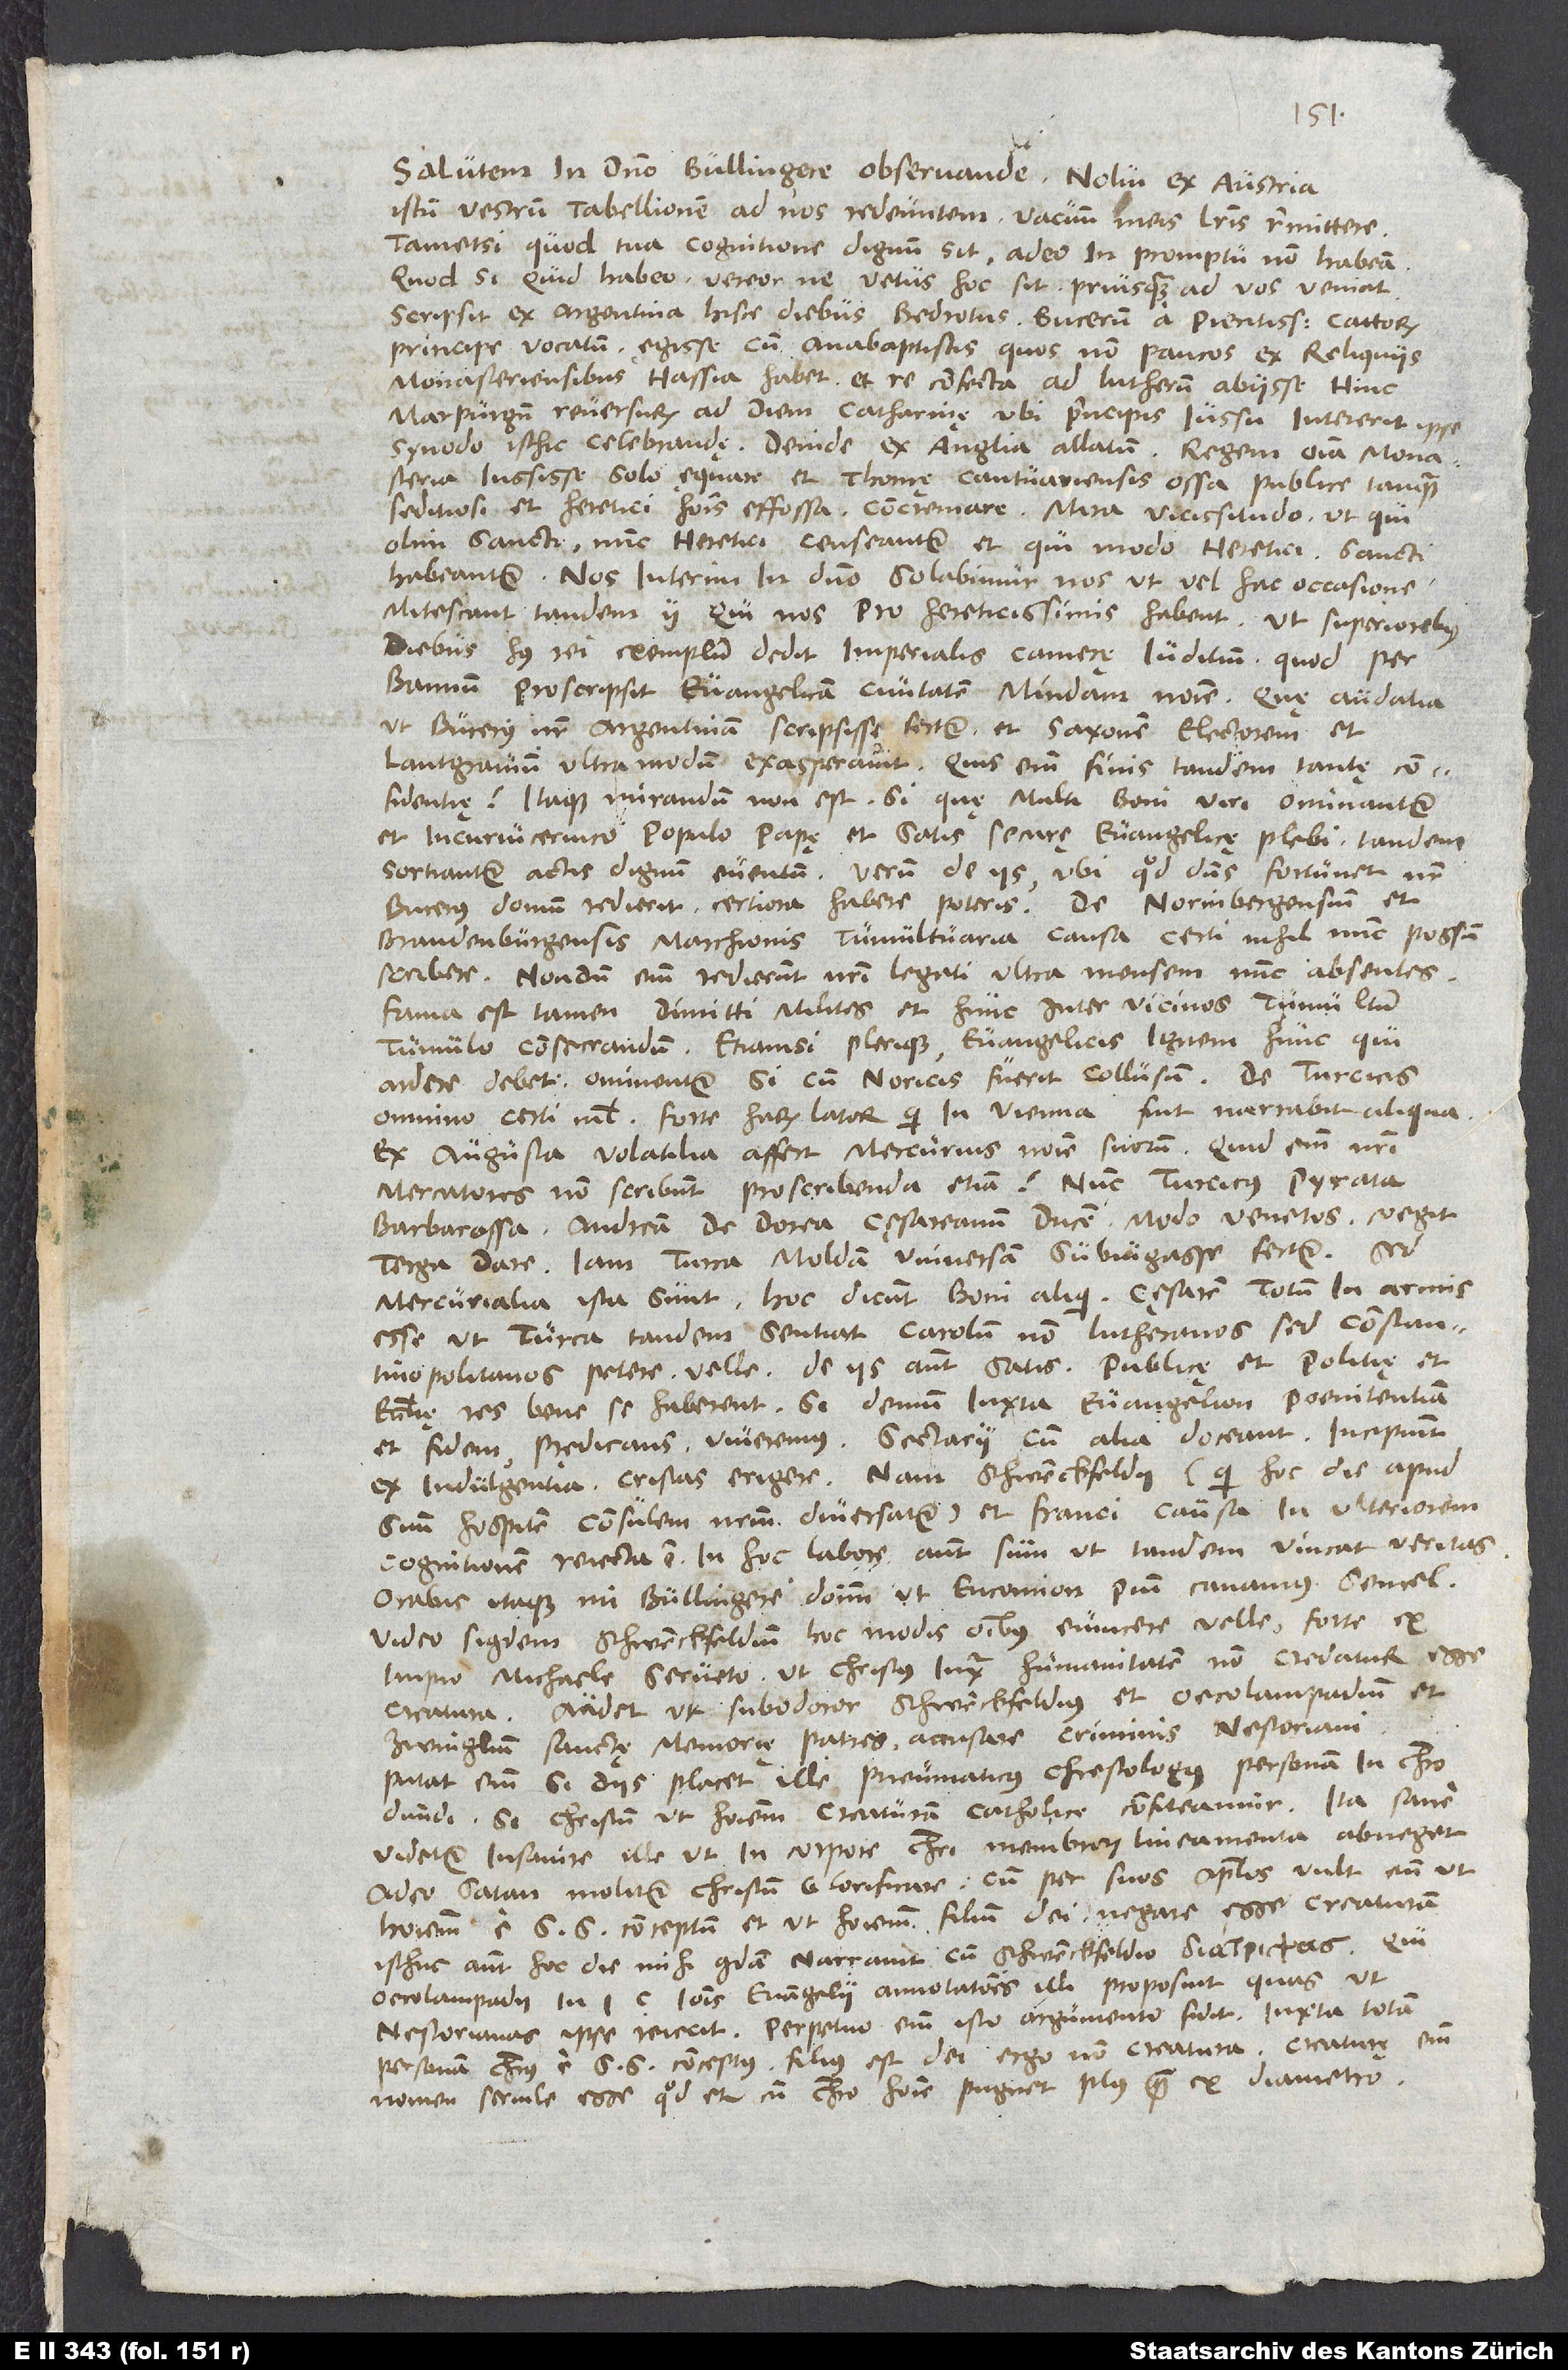
Salutem in domino, Bullingere observande. Nolui ex Austria
istum vestrum tabellionem ad vos redeuntem vacuum meis literis remittere,
tametsi, quod tua cognitione dignum sit, adeo in promptu non habeam.
Quodsi quid habeo, vereor, ne vetus hoc sit, priusquam ad vos veniat.
Scripsit ex Argentina hisce diebus Bedrotus Bucerum a pientissimo Cattorum
principe vocatum egisse cum anabaptistis, quos non paucos ex reliquiis
Monasteriensibus Hassia habet, et re confecta ad Lutherum abiisse, hinc
Marpurgum reversurum ad diem Catharinę, ubi principis iussu intererit ipse
synodo isthic celebrandę. Deinde ex Anglia allatum regem omnia monasteria
iussisse solo ęquare et Thomę Cantuariensis ossa publice tamquam
seditiosi et heretici hominis effossa concremare; mira vicissitudo, ut, qui
olim sancti, nunc heretici censeantur et, qui modo heretici, sancti
habeantur. Nos interim in domino solabimur nos, ut vel hac occasione
mitescant tandem ii, qui nos pro hereticissimis habent, ut superioribus
diebus huius rei exemplum dedit imperialis camerę iuditium, quod per
bannum proscripsit evangelicam civitatem Mindam nomine. Quę audatia,
ut Bucerus noster Argentinam scripsisse fertur, et Saxonem electorem et
lantgravium ultra modum exasperavit. Quis enim finis tandem tantę confidentię?
Itaque mirandum non est, si, quę multi boni viri ominantur
et incurvicervico populo papę et satis securę evangelicę plebi, tandem
sortiantur actis dignum eventum. Verum de iis, ubi, quod dominus fortunet, noster
Bucerus domum redierit, certiora habere poteris. De Norinbergensium et
Brandenburgensis marchionis tumultuaria causa certi nihil nunc possum
scribere; nondum enim redierunt nostri legati ultra mensem nunc absentes.
Fama est tamen dimitti milites et hunc inter vicinos tumultum
tumulo consecrandum, etiamsi plerique evangelicis ignem hunc, qui
ardere debet, ominantur, si cum Noricis fuerit collusum. De Turcicis
omnino certi nihil. Forte harum lator, qui in Vienna fuit, narrabit aliqua.
Ex Augusta volatilia affert Mercurius nomine suorum, quid enim nostri
mercatores non scribunt, proscribenda etiam. Nunc Turcicus pyrata
Barbarossa Andream de Dorea, cęsareanum ducem, modo Venetos coegit
terga dare. Iam Turca Moldam universam subiugasse fertur. Sed
mercurialia ista sunt; hoc dicunt boni aliqui cęsarem totum in armis
esse, ut Turca tandem sentiat Carolum non Lutheranos, sed Constantinopolitanos
petere velle. De iis autem satis. Publicę et politię et
ecclesię res bene se haberent, si demum iuxta euangelion poenitentiam
et fidem prędicans viveremus. Sectarii cum alia doceant, incipiunt
ex indulgentia cristas erigere; nam Schwenckfeldii (qui hoc die apud
suum hospitem, consulem nostrum, diversatur) et Franci causa in ulteriorem
cognitionem reiecta est. In hoc labore autem sum, ut tandem vincat veritas.
Orabis itaque, mi Bullingere, dominum, ut encomion pium canamus semel,
video siquidem Schwenckfeldium hoc modis omnibus evincere velle, forte ex
impio Michaele Serveto, ut Christus iuxta humanitatem non credatur esse
creatura. Audet, ut subodoror, Schwenckfeldius et Oecolampadium et
Zwinglium, sanctę memorię patres, accusare criminis Nestoriani.
Putat enim, si diis placet, ille pneumaticus chrestologus personam in Christo
dividi, si Christum ut hominem creaturam catholice confiteamur. Ita sane
videtur insanire ille, ut in corpore Christi membrorum lineamenta abneget.
Adeo satan molitur Christum glorificare, cum per suos apostolos vult eum ut
hominem e spiritu sancto conceptum et ut hominem filium dei negare esse creaturam.
Isthuc autem hoc die mihi quidam narravit cum Schwenckfeldio , qui
Oecolampadii in 1. caput Ioannis evangelii annotationes illi proposuit, quas ut
Nestorianas ipse reiecit. Perpetuo enim isto argumento fidit: Iuxta totam
personam Christus e spirito sancto conceptus filius est dei, ergo non creatura; creaturę enim
nomen servile esse, quod et cum Christo homine pugnet plus quam ex diametro.